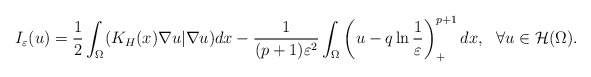
\begin{align*}I_{\varepsilon}(u)=\frac{1}{2}\int_{\Omega}(K_H(x)\nabla u|\nabla u)dx -\frac{1}{(p+1)\varepsilon^2}\int_{\Omega}\left(u-q\ln\frac{1}{\varepsilon}\right)^{p+1}_+dx,\ \ \forall u\in \mathcal{H}(\Omega).\end{align*}